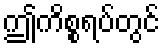
ဤကိစ္စရပ်တွင်